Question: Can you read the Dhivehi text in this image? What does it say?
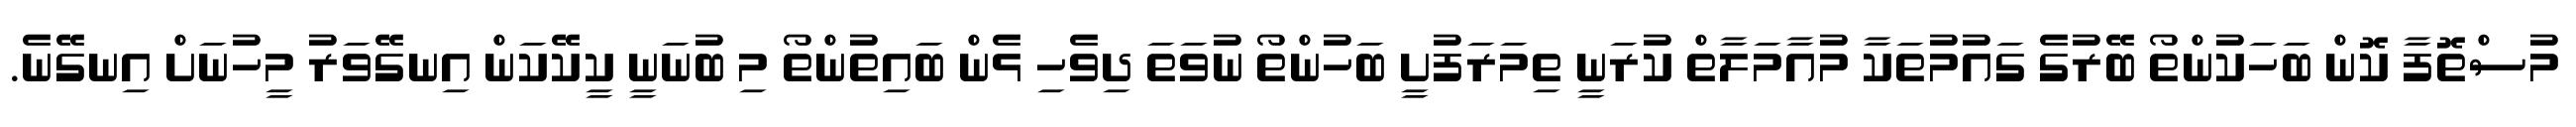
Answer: މުސްތޮފާ ކޮން ބަހަކުންތޯ ބޭރުގެ ގައުމުތަކާ މުއާމަލާތް ކުރަނީ ތިމަރަފުށީ ބަހުންތޯ ނުވަތަ ދިވެހި ޅެން ބައިތުންތޯ މި ބުނަނީ ކީކޭކަން އިނގޭވަރު މީހުނަށް އިނގޭނެ.